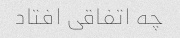
چه اتفاقی افتاد